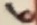
Text: 6